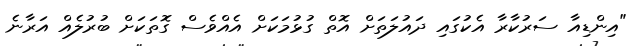
"އިންޑިއާ ސަރުކާރާ އެކުގައި ދައުލަތަށް އޮތް ގުޅުމަކަށް އެއްވެސް ގޮތަކަށް ބުރުލެއް އަރާނެ